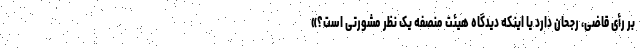
بر رأی قاضی، رجحان دارد یا اینکه دیدگاه هیئت منصفه یک نظر مشورتی است؟»